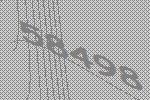
58498